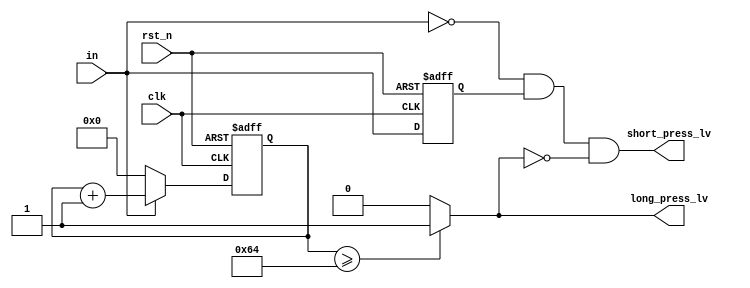
`timescale 1ns / 1ps
//////////////////////////////////////////////////////////////////////////////////
// Company: 
// Engineer: 
// 
// Design Name: 
// Module Name: long_and_short_press
// Project Name: 
// Target Devices: 
// Tool Versions: 
// Description: 
// 
// Dependencies: 
// 
// Revision:
// Revision 0.01 - File Created
// Additional Comments:
// 
//////////////////////////////////////////////////////////////////////////////////


module long_and_short_press( clk, rst_n, in, long_press_lv, short_press_lv );

    input clk;
    input in;
    input rst_n;
    output reg long_press_lv, short_press_lv;
    
    reg delay;

    reg [7:0] press_cnt, press_cnt_next;

    always@*
    if( in )
        begin
            press_cnt_next = press_cnt + 8'b1;
        end
    else
        begin
            press_cnt_next = 8'b0;
        end

    always@*
    begin
        if(press_cnt >= 8'd100)
            begin
                long_press_lv = 1'b1;
            end
        else
            begin
                long_press_lv = 1'b0;
            end
        short_press_lv = ( ~in ) && ( delay ) && ( ~long_press_lv );
    end
    
    always@(posedge clk or negedge rst_n)
    if( ~rst_n )
        begin
            delay = 1'b0;
            press_cnt = 8'b0;
        end
    else
        begin
            delay = in;
            press_cnt = press_cnt_next;
        end
endmodule